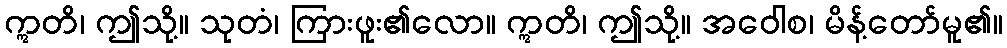
ဣတိ၊ ဤသို့။ သုတံ၊ ကြားဖူး၏လော။ ဣတိ၊ ဤသို့။ အဝေါစ၊ မိန့်တော်မူ၏။